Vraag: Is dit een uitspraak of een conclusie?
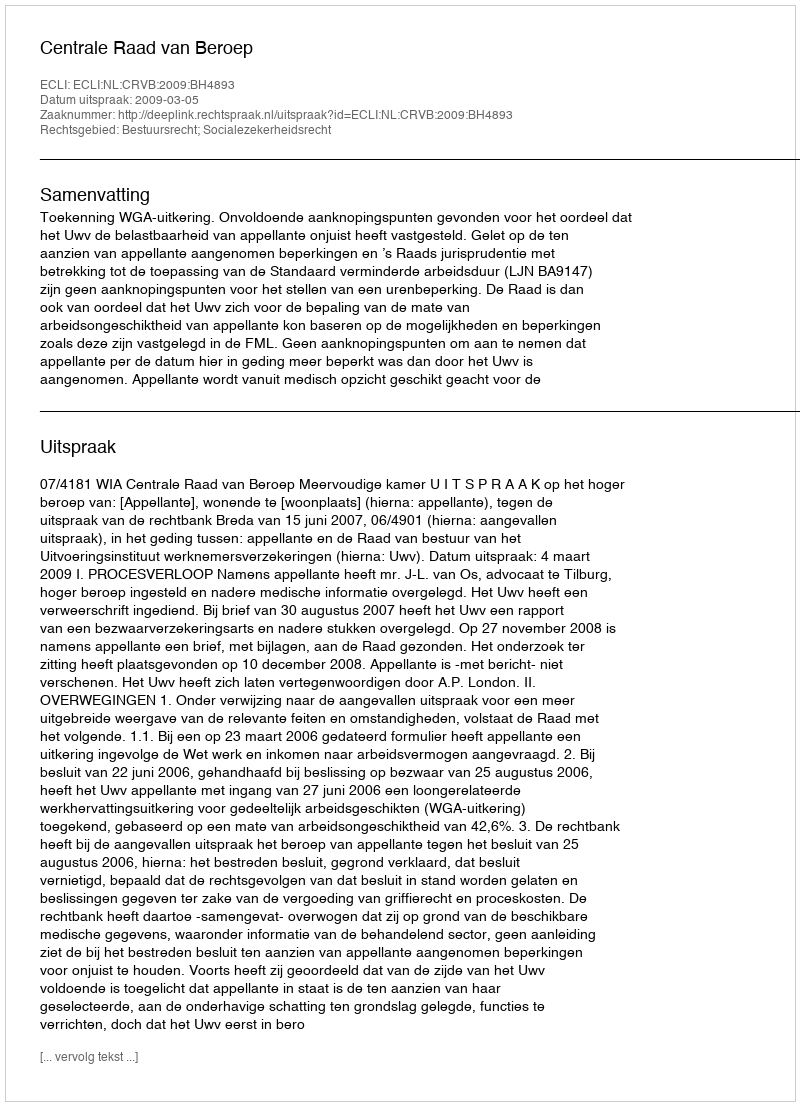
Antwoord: Uitspraak